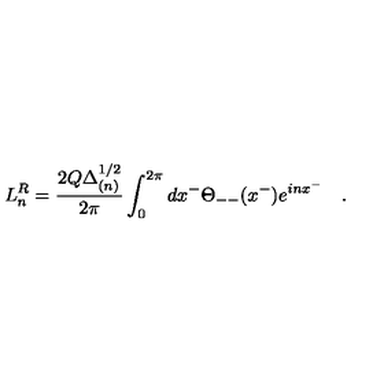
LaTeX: L _ { n } ^ { R } = \frac { 2 Q \Delta _ { ( n ) } ^ { 1 / 2 } } { 2 \pi } \int _ { 0 } ^ { 2 \pi } d x ^ { - } \Theta _ { -- } ( x ^ { - } ) e ^ { i n x ^ { - } } \quad .